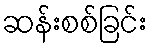
ဆန်းစစ်ခြင်း